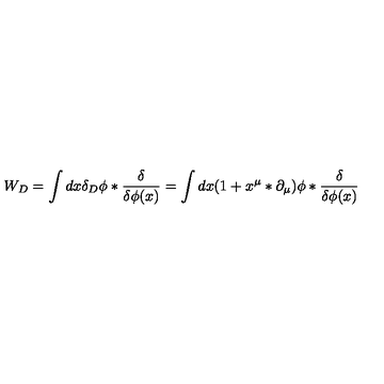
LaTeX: W _ { D } = \int d x \delta _ { D } \phi * { \frac { \delta } { \delta \phi ( x ) } } = \int d x ( 1 + x ^ { \mu } * \partial _ { \mu } ) \phi * { \frac { \delta } { \delta \phi ( x ) } }